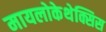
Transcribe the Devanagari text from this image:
मायलोकेथेक्सिस